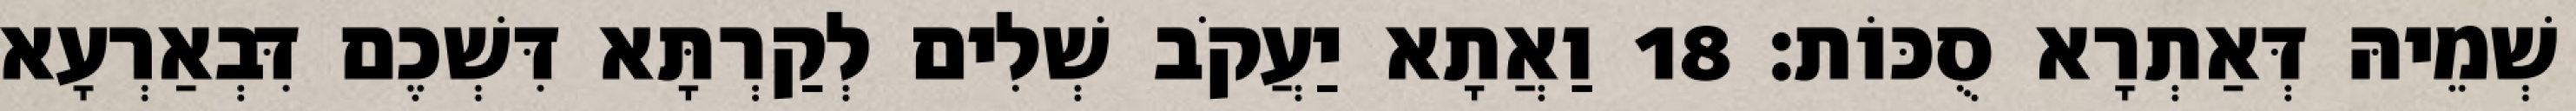
שְׁמֵיהּ דְּאַתְרָא סֻכּוֹת׃ 18 וַאֲתָא יַעֲקֹב שְׁלִים לְקַרְתָּא דִּשְׁכֶם דִּבְאַרְעָא